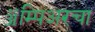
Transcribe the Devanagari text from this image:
ॲम्पिअरचा